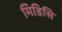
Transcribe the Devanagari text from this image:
मिडिसि